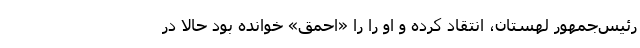
رئیس‌جمهور لهستان، انتقاد کرده و او را را «احمق» خوانده بود حالا در